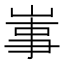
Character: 𡸪